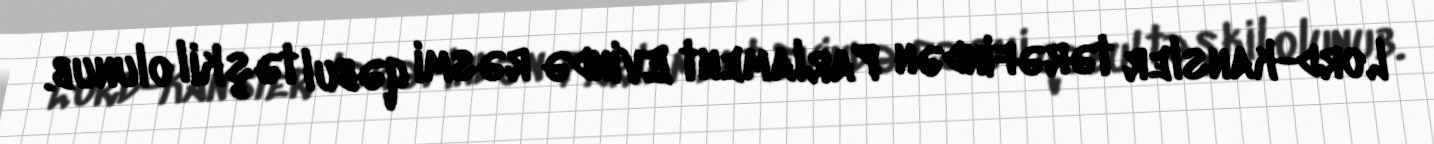
Lord-kansler tərəfindən Parlament Evində rəsmi qəbul təşkil olunub.